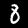
Digit: 8